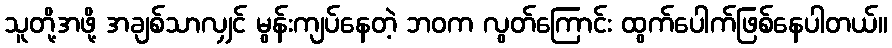
သူတို့အဖို့ အချစ်သာလျှင် မွန်းကျပ်နေတဲ့ ဘဝက လွတ်ကြောင်း ထွက်ပေါက်ဖြစ်နေပါတယ်။